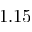
1 . 1 5